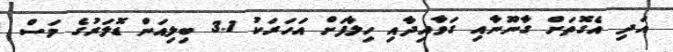
އަދި އެގޮތަށް ގާނޫނާއި ގަވާއިދާއި ހިލާފަށް އަހަރަކު 3.1 ބިލިއަން ޑޮލަރުގެ މަސް